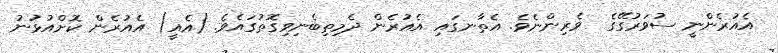
އެއުރެންނީ ސުވަރުގޭގެ  ވެރިންނެވެ. އެތާނގައި އެއުރެން ދެމިތިބެނިވިގޮތުގައެވެ. (އެއީ) އެއުރެން ކޮށްއުޅުނު